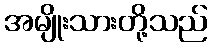
အမျိုးသားတို့သည်